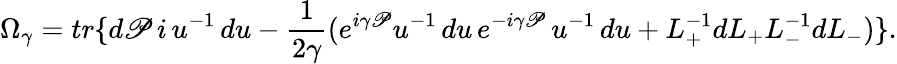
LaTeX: \Omega_{\gamma}=tr\{ d\mathscr{P}\, i\, u^{-1}\, du-\frac{{1}}{{2\gamma}}(e^{i\gamma\mathscr{P}}u^{-1}\, du\, e^{-i\gamma\mathscr{P}}\, u^{-1}\, du+L_{+}^{-1}dL_{+}L_{-}^{-1}dL_{-})\} .